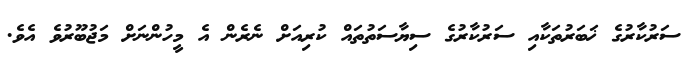
ސަރުކާރުގެ ޚަބަރުތަކާއި ސަރުކާރުގެ ސިޔާސަތުތައް ކުރިއަށް ނެރެން އެ މީހުންނަށް މަޖުބޫރުވެ އެވެ.